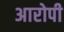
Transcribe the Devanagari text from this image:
अारोपी